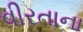
વીરતાના